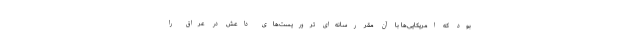
بود که امریکایی‌ها با آن مقر رسانه‌ای تروریست‌های داعش در عراق را